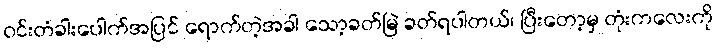
ဝင်းတံခါးပေါက်အပြင် ရောက်တဲ့အခါ သော့ခတ်မြဲ ခတ်ရပါတယ်၊ ပြီးတော့မှ တုံးကလေးကို